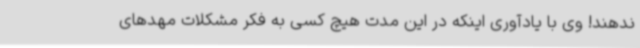
ندهند! وی با یادآوری اینکه در این مدت هیچ کسی به فکر مشکلات مهدهای